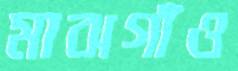
মাঝগাঁও